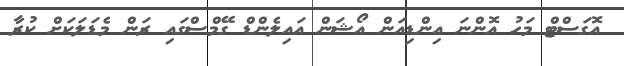
އޮގަސްޓް މަހު އޮންނަ އިންޑިއަން އޯޝަން އައިލެންޑް ގޭމްސްގައި ރަން މެޑަލަކަށް ކުރާ